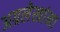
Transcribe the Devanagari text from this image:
अग्रलेखांना